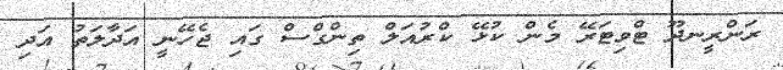
ރަންރީނދޫ ޓްވިޓަރޭ މެން ކުޅޭ ކްރުއަލް ތިންގްސް ގައި ޖެހޭނީ އަދާލަތު އަދި